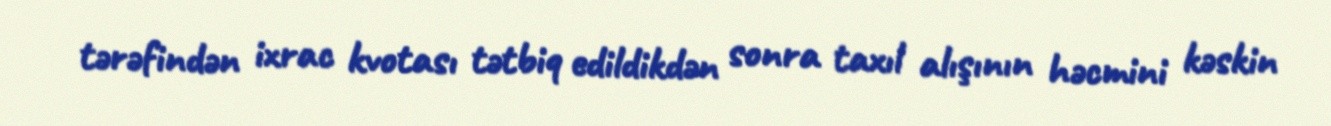
tərəfindən ixrac kvotası tətbiq edildikdən sonra taxıl alışının həcmini kəskin